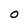
Character: O